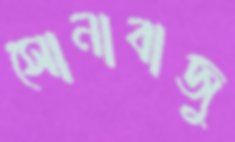
সোনাবাজু